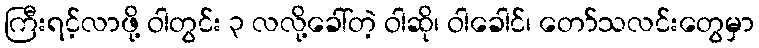
ကြီးရင့်လာဖို့ ဝါတွင်း ၃ လလို့ခေါ်တဲ့ ဝါဆို၊ ဝါခေါင်၊ တော်သလင်းတွေမှာ